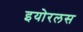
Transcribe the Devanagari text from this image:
इयोरलस